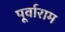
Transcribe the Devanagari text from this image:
पूर्वाराम